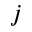
j